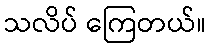
သလိပ် ကြေတယ်။